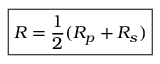
\boxed { R = \frac { 1 } { 2 } ( R _ { p } + R _ { s } ) }